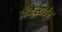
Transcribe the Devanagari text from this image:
फ्रँकेस्टाईन